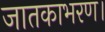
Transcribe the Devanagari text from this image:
जातकाभरण।